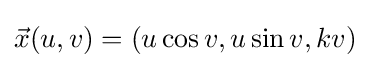
{\vec {x}}(u,v)=(u\cos v,u\sin v,kv)